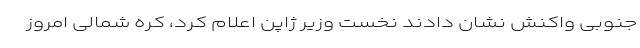
جنوبی واکنش نشان دادند نخست وزیر ژاپن اعلام کرد، کره شمالی امروز